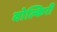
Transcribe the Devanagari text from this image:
वोल्किरी